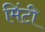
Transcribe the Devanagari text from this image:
मिंटी